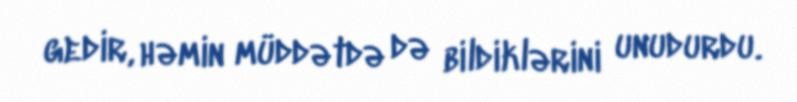
gedir, həmin müddətdə də bildiklərini unudurdu.